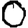
Digit: 0